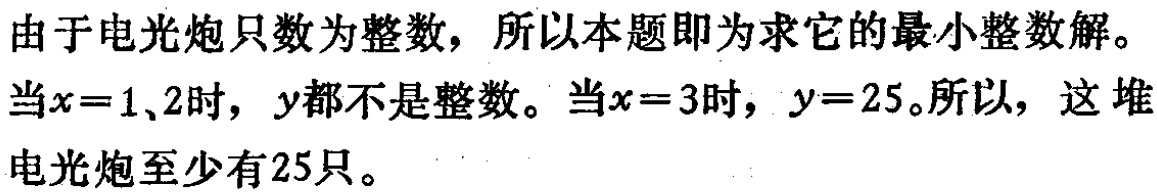
由于电光炮只数为整数，所以本题即为求它的最小整数解。

当\(x = 1,2\)时，\(y\)都不是整数。当\(x = 3\)时，\(y = 25\)。所以，这堆电光炮至少有\(25\)只。